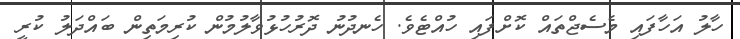
ހާލު އަހާފައި މެސެޖްތައް ކޮށްފައި ހުއްޓެވެ. ހެނދުނު ދޮރުހުޅުވާލުމުން ކުރިމަތިން ބައްދަލު ކުރީ